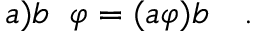
a \mathbf { ) } b \; \; \varphi = ( a \varphi ) b \quad .